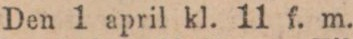
Den 1 april kl. 11 f. m.